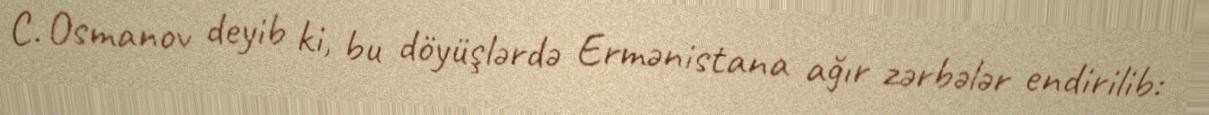
C. Osmanov deyib ki, bu döyüşlərdə Ermənistana ağır zərbələr endirilib: